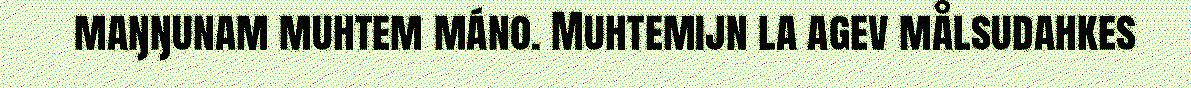
maŋŋunam muhtem máno. Muhtemijn la agev målsudahkes